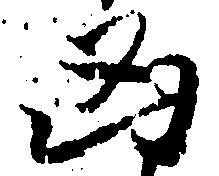
凶